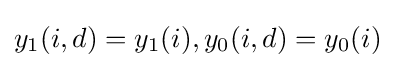
y_{1}(i,d)=y_{1}(i),y_{0}(i,d)=y_{0}(i)